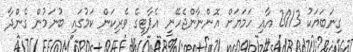
ގިނަބަޔަކު 2013 އާއި ހަމަޔަށް އޮންނާންޖެހޭނީ އެޕާޓީގެ ވެރިކަން ކަމުގައި ބުނަމުން ގެންދާ